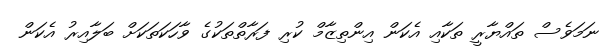
ނަމަވެސް ތައްޔާރީ ތަކާއި އެކަން އިންތިޒާމް ކުރި ފަރާތްތަކުގެ ވާހަކަތަކަށް ބަލާއިރު އެކަން